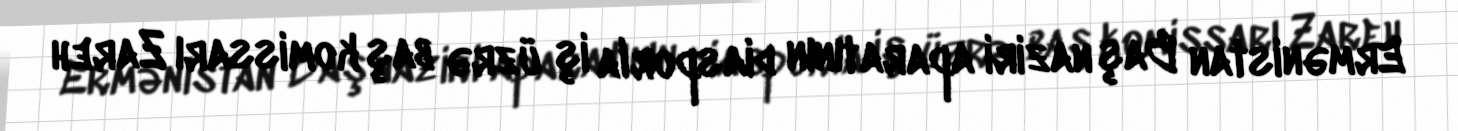
Ermənistan Baş naziri aparatının diasporla iş üzrə baş komissarı Zareh